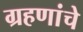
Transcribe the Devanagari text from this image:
ग्रहणांचे